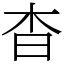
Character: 杳